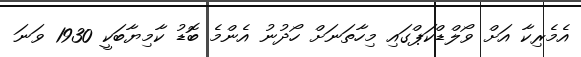
އެމެރިކާ އަށް ވޯލްޑްކަޕްގައި މިހާތަނަށް ހޯދުނު އެންމެ ބޮޑު ކާމިޔާބަކީ 1930 ވަނަ